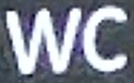
WC